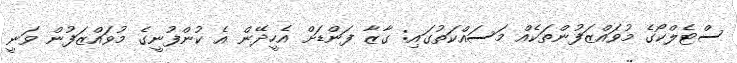
ސްޓެލްކޯގެ މުވައްޒަފުންތަކެއް މަސައްކަތުގައި: ގާޒާ ފަންޑަށް އެހީދޭން އެ ކުންފުނީގެ މުވައްޒަފުން ވަނީ